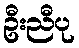
ဦးညီပု